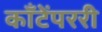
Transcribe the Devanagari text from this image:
काँटेंपररी